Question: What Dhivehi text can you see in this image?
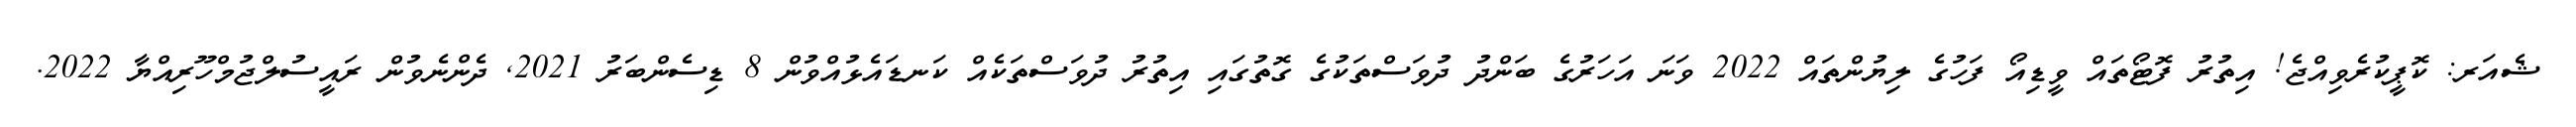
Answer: ޝެއަރ: ކޮޕީކުރެވިއްޖެ! އިތުރު ފޮޓޯތައް ވީޑިއޯ ފަހުގެ ލިޔުންތައް 2022 ވަނަ އަހަރުގެ ބަންދު ދުވަސްތަކުގެ ގޮތުގައި އިތުރު ދުވަސްތަކެއް ކަނޑައެޅުއްވުން 8 ޑިސެންބަރު 2021, ދެންނެވުން ރައީސުލްޖުމްހޫރިއްޔާ 2022.